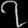
Digit: ၇